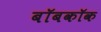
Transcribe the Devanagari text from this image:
बॉबकॉक